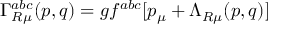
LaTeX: \Gamma _ { R \mu } ^ { a b c } ( p , q ) = g f ^ { a b c } [ p _ { \mu } + \Lambda _ { R \mu } ( p , q ) ]